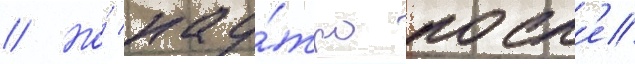
// Но́ нау́тро посл'е